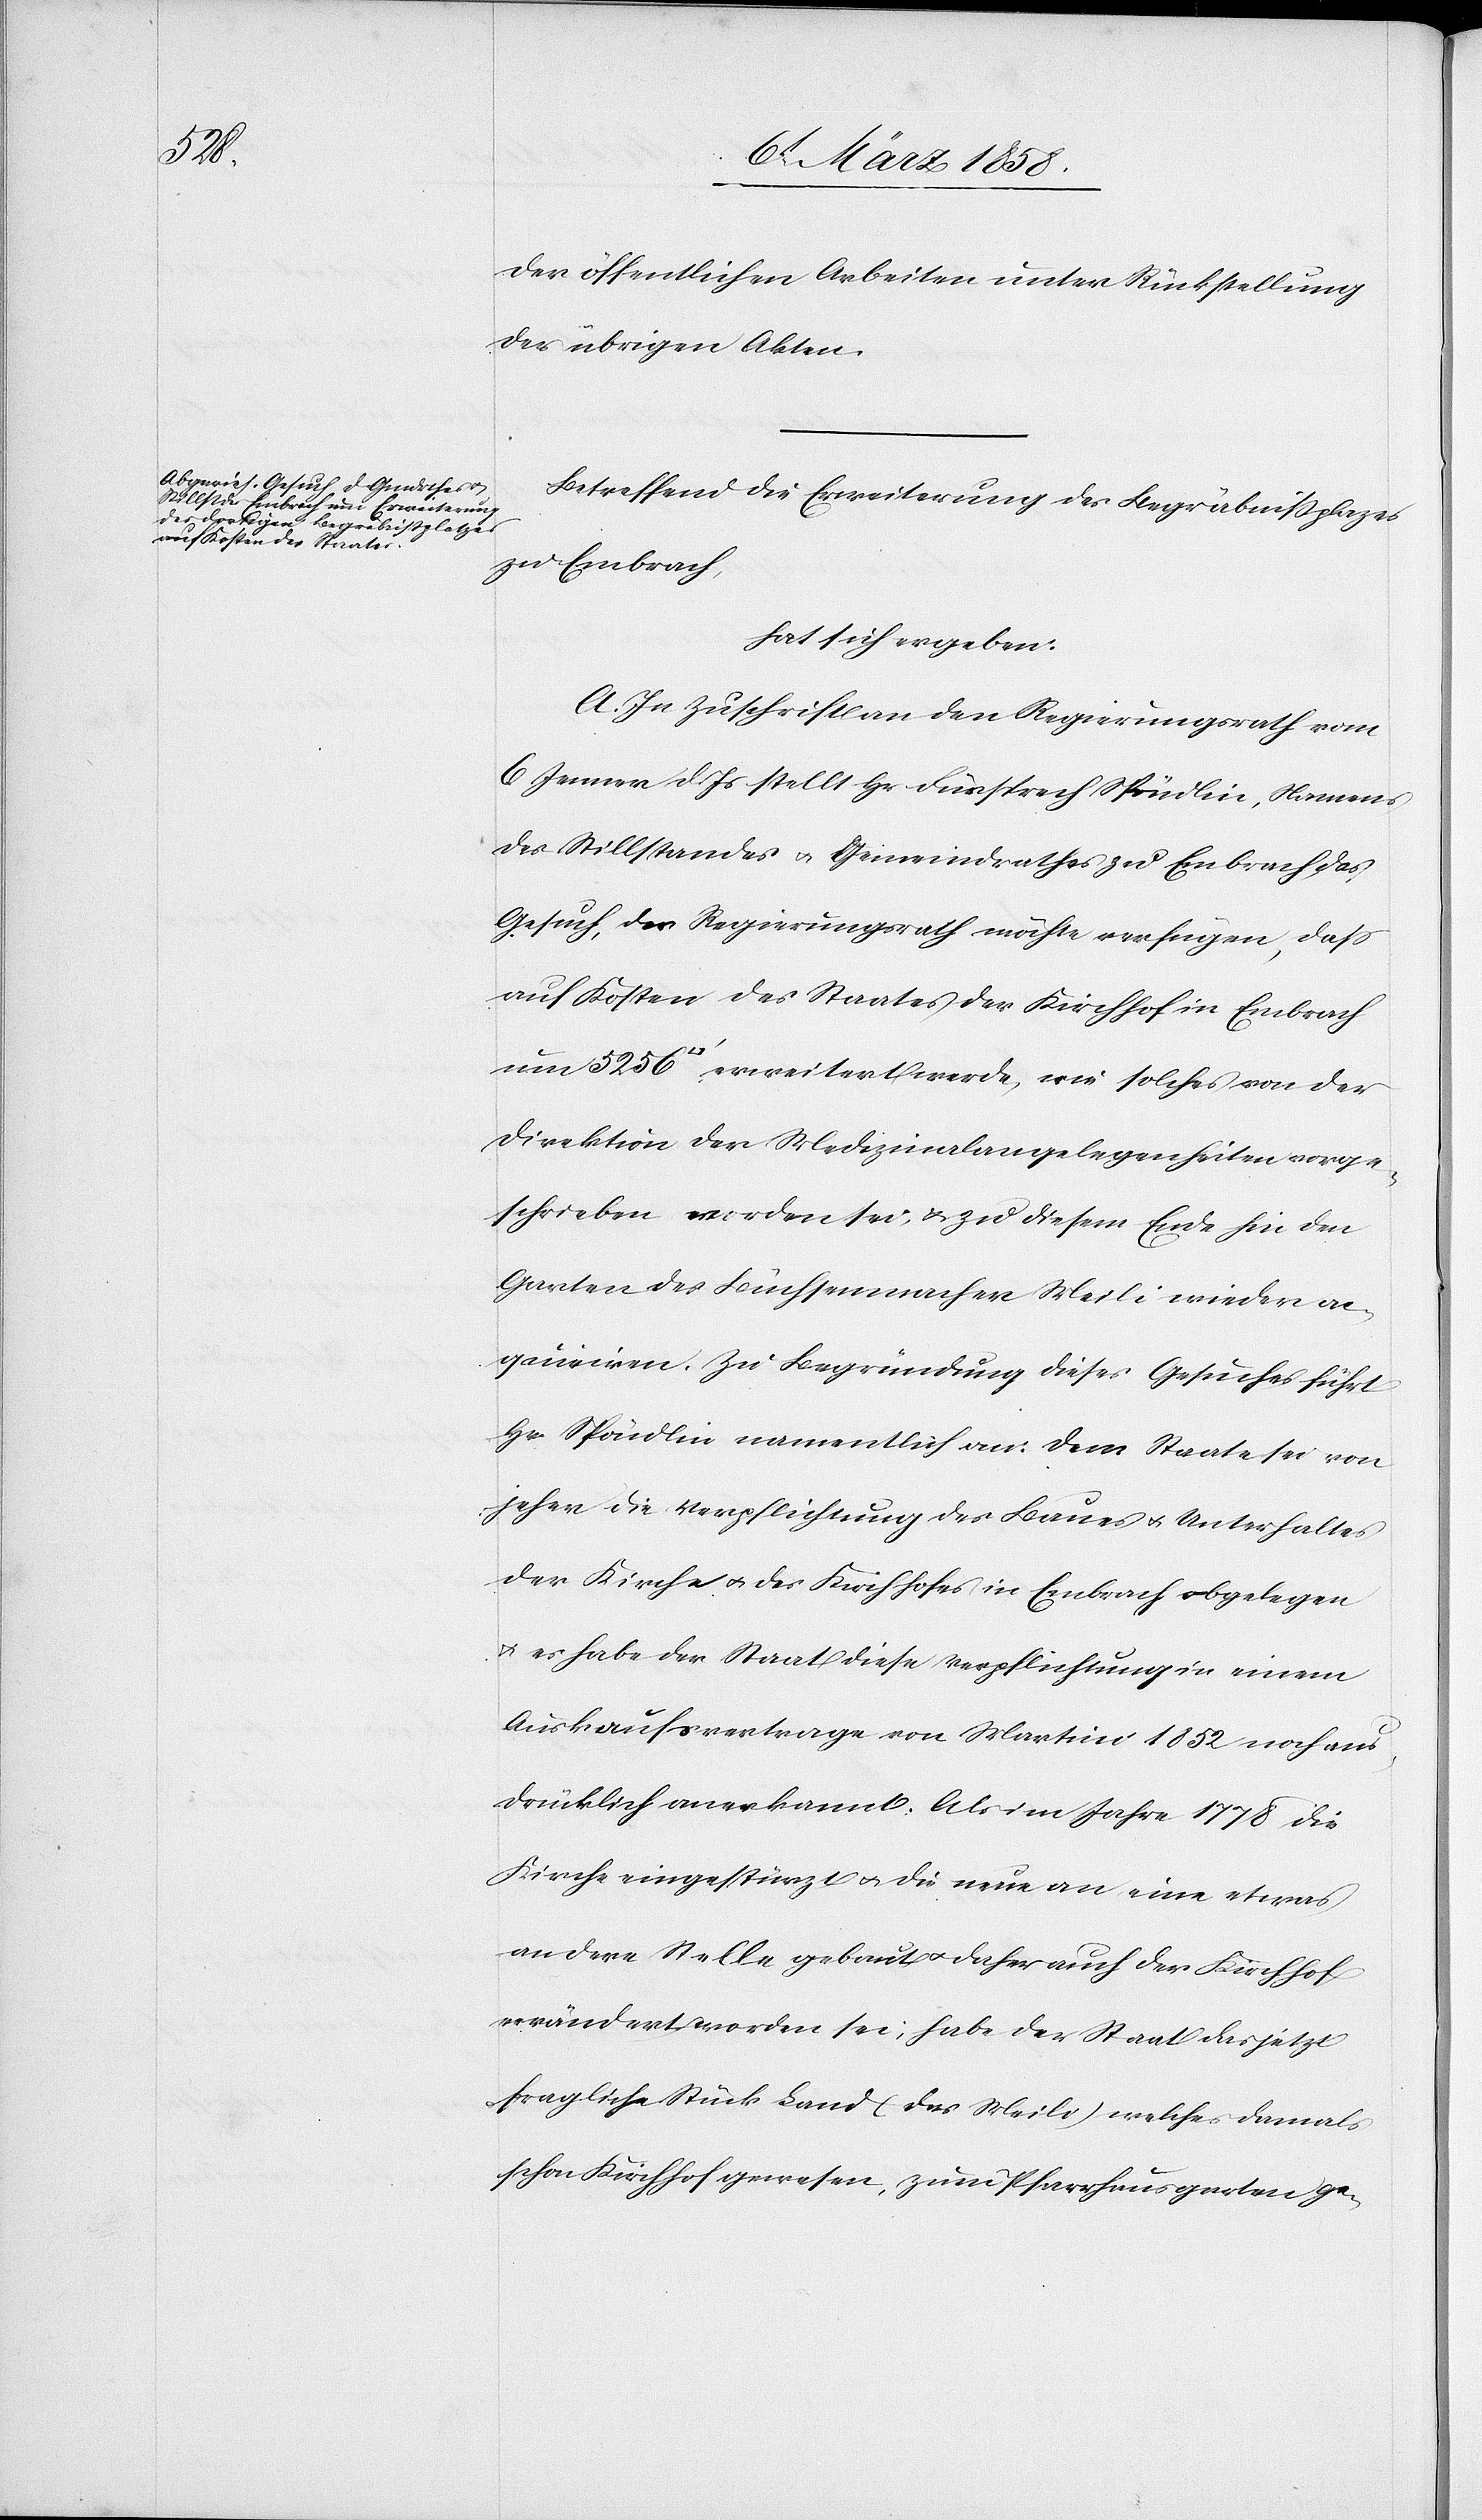
der öffentlichen Arbeiten unter Rückstellung
der übrigen Akten.
Betreffend die Erweiterung des Begräbnißplatzes
zu Embrach,
hat sich ergeben:
A. In Zuschrift an den Regierungsrath vom
6. Jenner d. Js. stellt Hr. Fürsprech Spöndlin, Namens
des Stillstandes u. Gemeindrathes zu Embrach das
Gesuch, der Regierungsrath möchte verfügen, daß
auf Kosten des Staates der Kirchhof in Embrach
um 5256 [Quadratfuß] erweitert werde, wie solches von der
Direktion der Medizinalangelegenheiten vorge¬
schrieben worden sei, u. zu diesem Ende hin den
Garten des Büchsenmacher Meili wieder ae¬
qauiriren. Zu Begründung dieses Gesuches führt
Hr. Spöndin namentlich an: dem Staate sei von
jeher die Verpflichtung des Baues u. Unterhaltes
der Kirche u. des Kirchhofes in Embrach obgelegen
u. es habe der Staat diese Verpflichtung in einem
Auskaufsvertrage von Martini 1852 noch aus¬
drücklich anerkannt. Als im Jahr 1778 die
Kirche eingestürzt u. die neue an eine etwas
andere Stelle gebaut u. daher auch der Kirchhof
verändert worden sei, habe der Staat das jetzt
fragliche Stück Land (des Meili) welches damals
schon Kirchhof gewesen, zum Pfarrhausgarten ge-